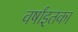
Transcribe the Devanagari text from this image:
वर्षांइतका